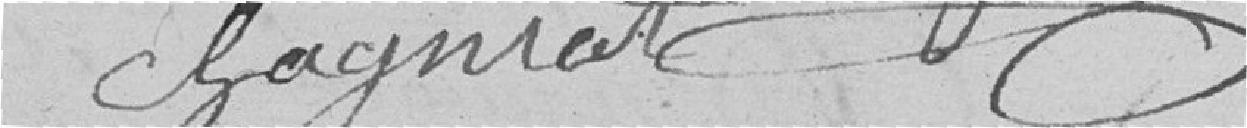
Chagniot